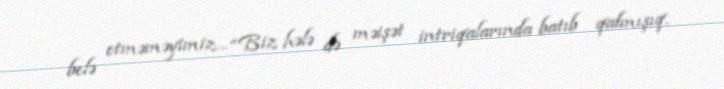
belə etməməyimiz... “Biz hələ də məişət intriqalarında batıb qalmışıq.